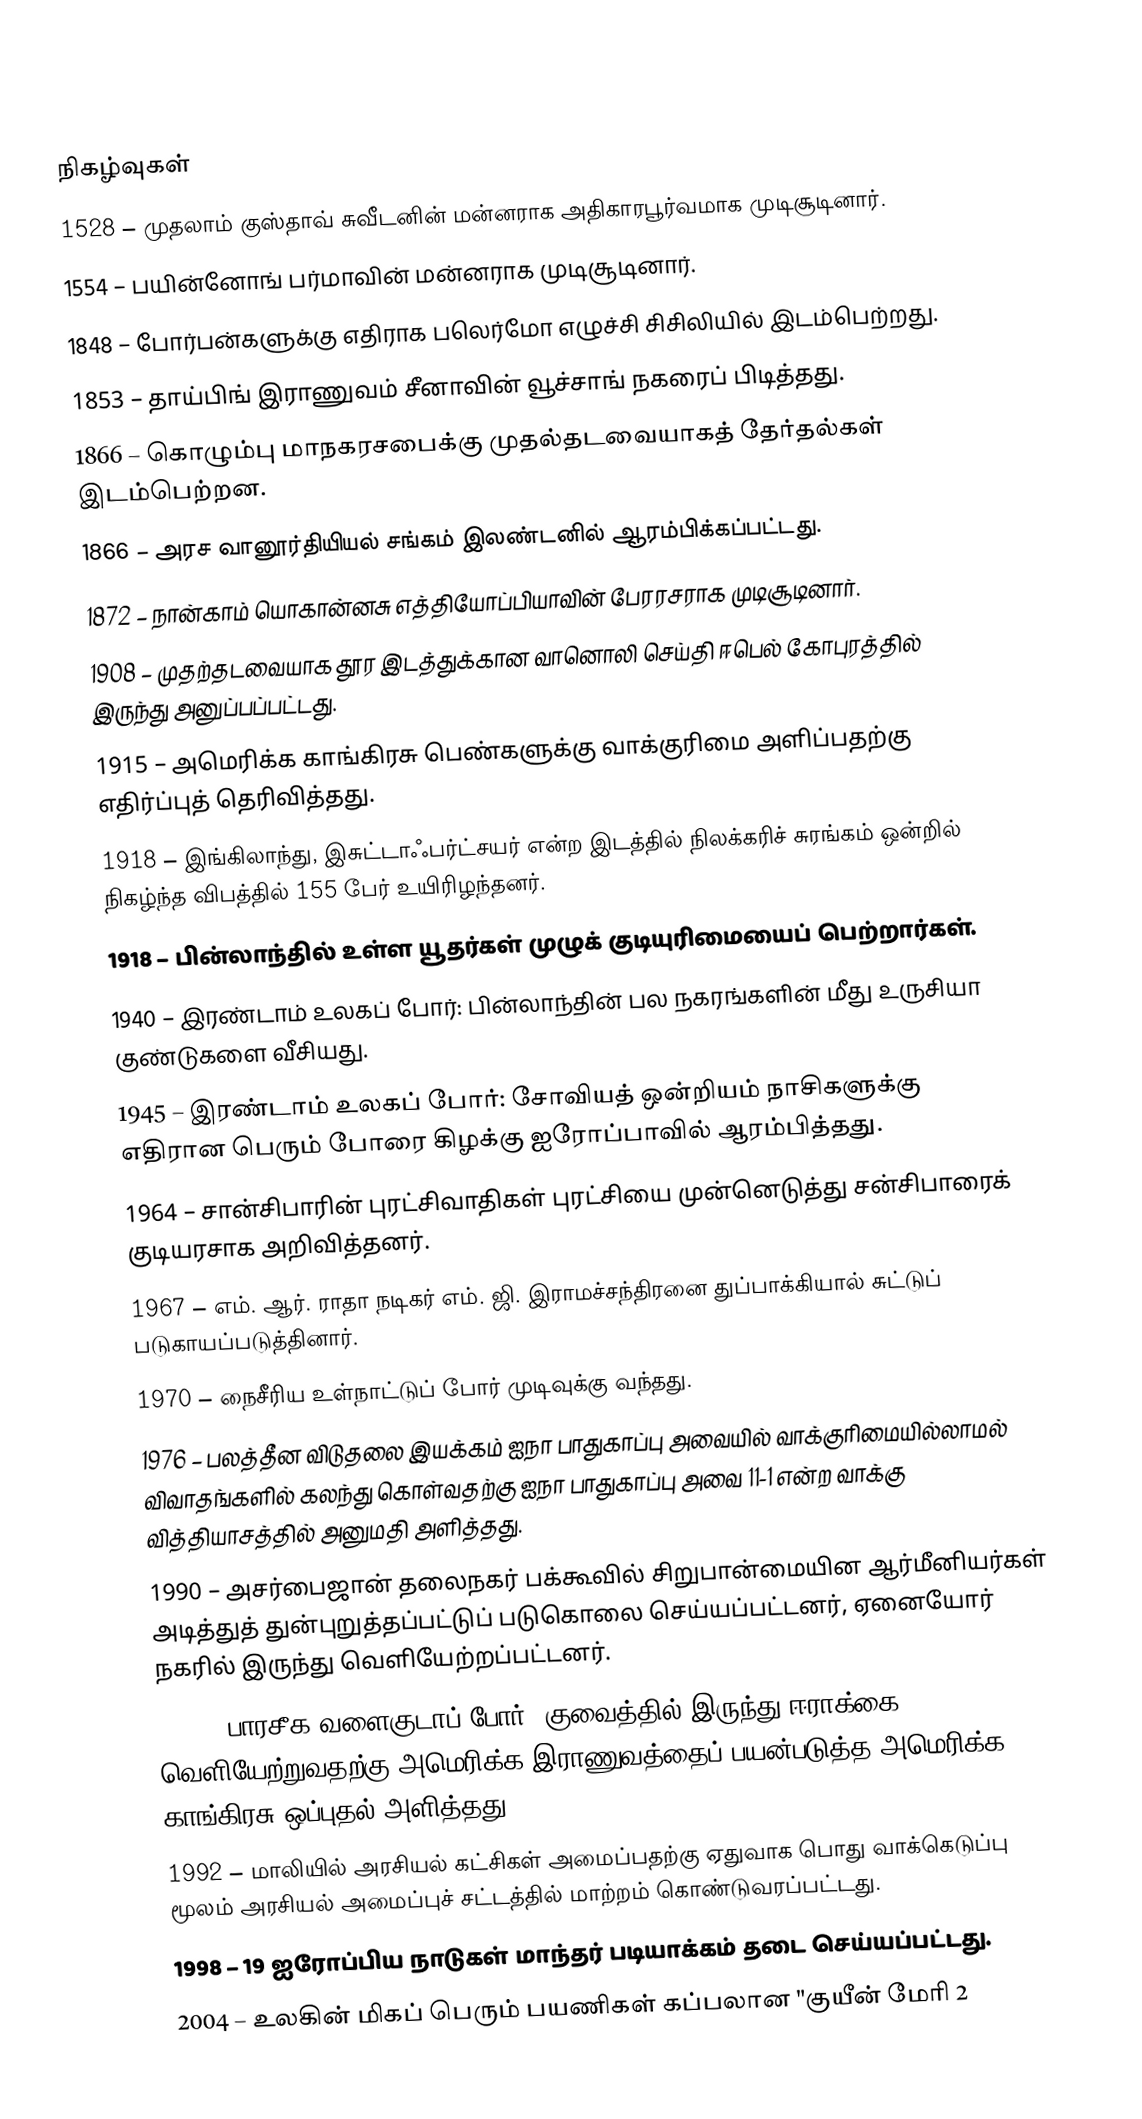

நிகழ்வுகள்
1528 – முதலாம் குஸ்தாவ் சுவீடனின் மன்னராக அதிகாரபூர்வமாக முடிசூடினார்.
1554 – பயின்னோங் பர்மாவின் மன்னராக முடிசூடினார்.
1848 – போர்பன்களுக்கு எதிராக பலெர்மோ எழுச்சி சிசிலியில் இடம்பெற்றது.
1853 – தாய்பிங் இராணுவம் சீனாவின் வூச்சாங் நகரைப் பிடித்தது.
1866 – கொழும்பு மாநகரசபைக்கு முதல்தடவையாகத் தேர்தல்கள் இடம்பெற்றன.
1866 – அரச வானூர்தியியல் சங்கம் இலண்டனில் ஆரம்பிக்கப்பட்டது.
1872 – நான்காம் யொகான்னசு எத்தியோப்பியாவின் பேரரசராக முடிசூடினார்.
1908 – முதற்தடவையாக தூர இடத்துக்கான வானொலி செய்தி ஈபெல் கோபுரத்தில் இருந்து அனுப்பப்பட்டது.
1915 – அமெரிக்க காங்கிரசு பெண்களுக்கு வாக்குரிமை அளிப்பதற்கு எதிர்ப்புத் தெரிவித்தது.
1918 – இங்கிலாந்து, இசுட்டாஃபர்ட்சயர் என்ற இடத்தில் நிலக்கரிச் சுரங்கம் ஒன்றில் நிகழ்ந்த விபத்தில் 155 பேர் உயிரிழந்தனர்.
1918 – பின்லாந்தில் உள்ள யூதர்கள் முழுக் குடியுரிமையைப் பெற்றார்கள்.
1940 – இரண்டாம் உலகப் போர்: பின்லாந்தின் பல நகரங்களின் மீது உருசியா குண்டுகளை வீசியது.
1945 – இரண்டாம் உலகப் போர்: சோவியத் ஒன்றியம் நாசிகளுக்கு எதிரான பெரும் போரை கிழக்கு ஐரோப்பாவில் ஆரம்பித்தது.
1964 – சான்சிபாரின் புரட்சிவாதிகள் புரட்சியை முன்னெடுத்து சன்சிபாரைக் குடியரசாக அறிவித்தனர்.
1967 – எம். ஆர். ராதா நடிகர் எம். ஜி. இராமச்சந்திரனை துப்பாக்கியால் சுட்டுப் படுகாயப்படுத்தினார்.
1970 – நைசீரிய உள்நாட்டுப் போர் முடிவுக்கு வந்தது.
1976 – பலத்தீன விடுதலை இயக்கம் ஐநா பாதுகாப்பு அவையில் வாக்குரிமையில்லாமல் விவாதங்களில் கலந்து கொள்வதற்கு ஐநா பாதுகாப்பு அவை 11-1 என்ற வாக்கு வித்தியாசத்தில் அனுமதி அளித்தது.
1990 – அசர்பைஜான் தலைநகர் பக்கூவில் சிறுபான்மையின ஆர்மீனியர்கள் அடித்துத் துன்புறுத்தப்பட்டுப் படுகொலை செய்யப்பட்டனர், ஏனையோர் நகரில் இருந்து வெளியேற்றப்பட்டனர்.
1991 – பாரசீக வளைகுடாப் போர்: குவைத்தில் இருந்து ஈராக்கை வெளியேற்றுவதற்கு அமெரிக்க இராணுவத்தைப் பயன்படுத்த அமெரிக்க காங்கிரசு ஒப்புதல் அளித்தது.
1992 – மாலியில் அரசியல் கட்சிகள் அமைப்பதற்கு ஏதுவாக பொது வாக்கெடுப்பு மூலம் அரசியல் அமைப்புச் சட்டத்தில் மாற்றம் கொண்டுவரப்பட்டது.
1998 – 19 ஐரோப்பிய நாடுகள் மாந்தர் படியாக்கம் தடை செய்யப்பட்டது.
2004 – உலகின் மிகப் பெரும் பயணிகள் கப்பலான "குயீன் மேரி 2